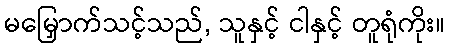
မမြှောက်သင့်သည်, သူနှင့် ငါနှင့် တူရုံကိုး။